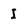
Character: I